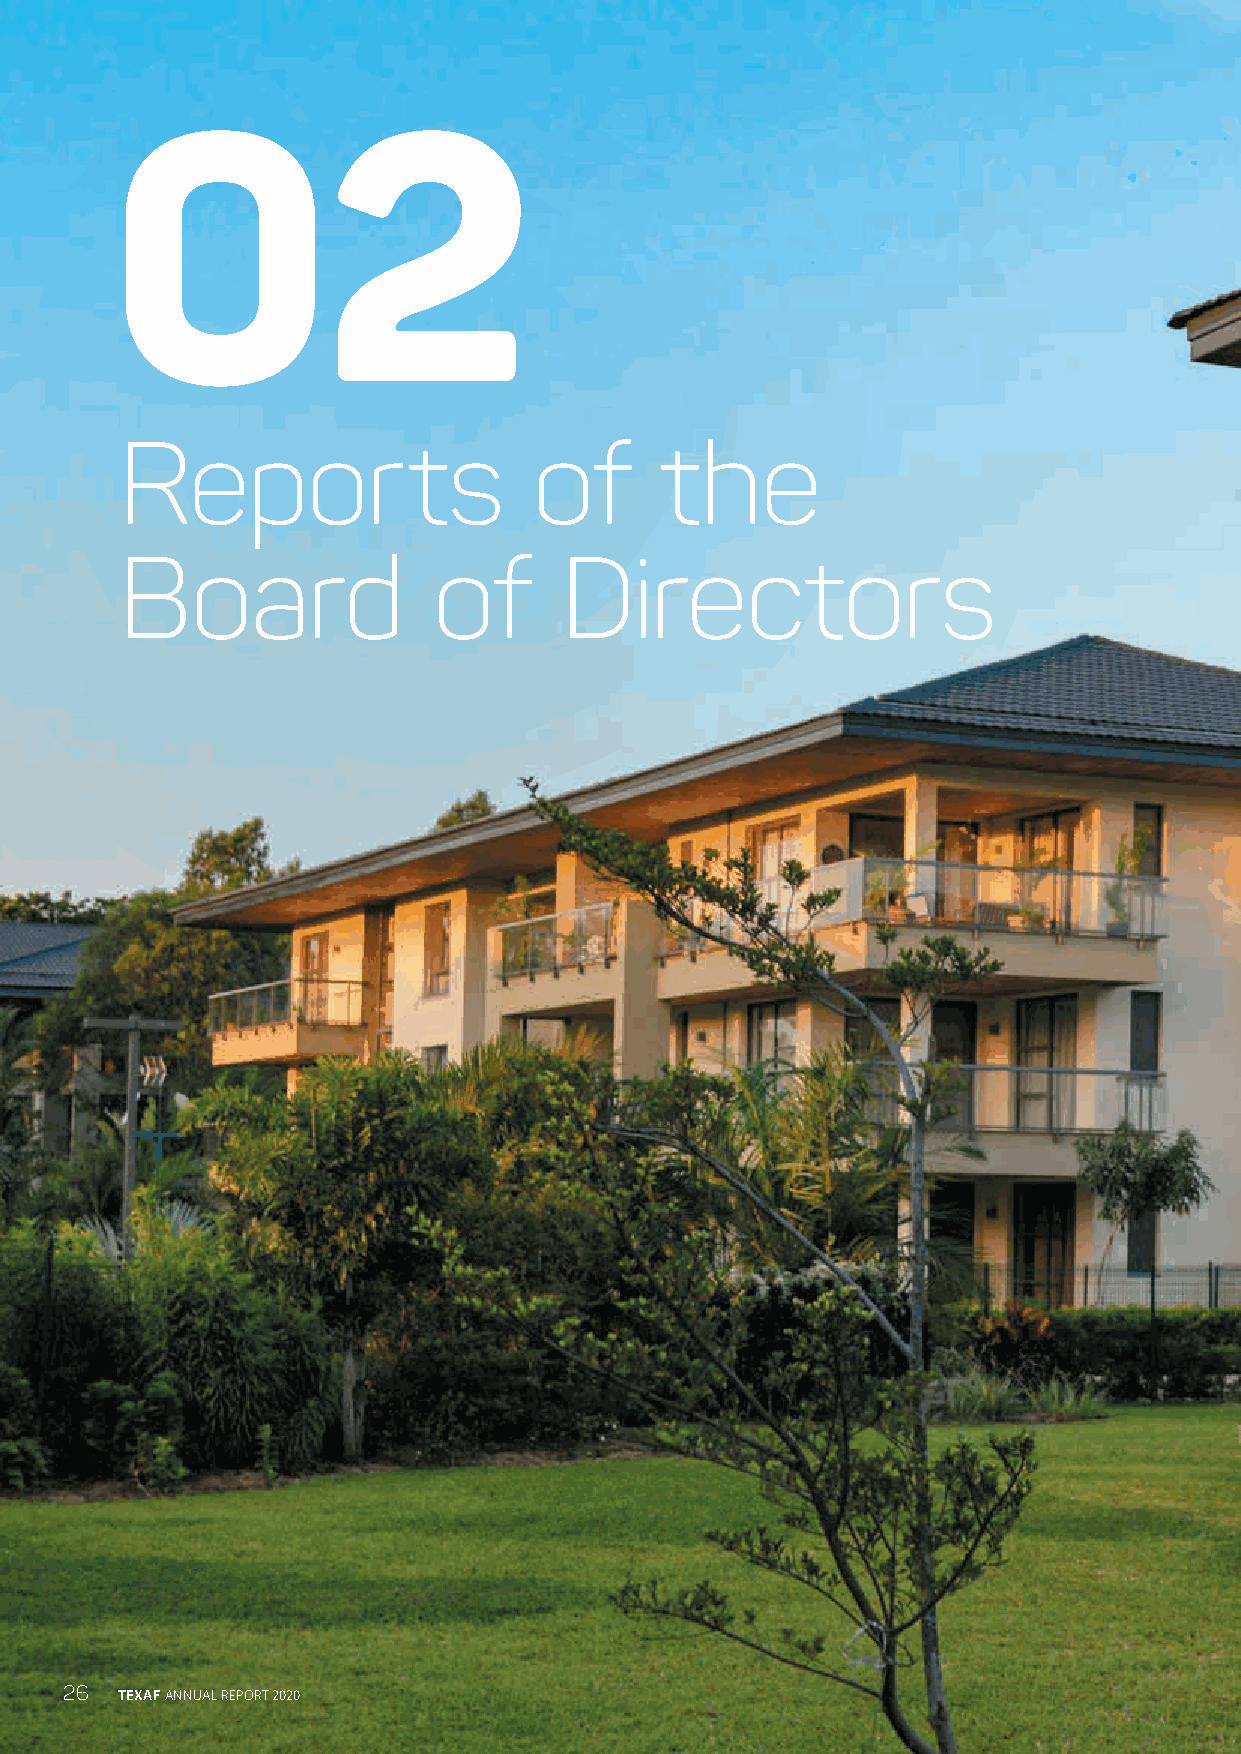
02
 Reports                    of       the
 Board                of      Directors
 26  TEXAF ANNUAL REPORT 2020